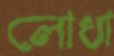
লোধা